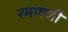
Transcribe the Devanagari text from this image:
रमणजी